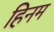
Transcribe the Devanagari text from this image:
हिनम